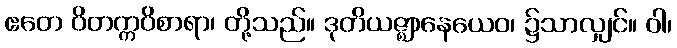
ဧတေ ဝိတက္ကဝိစာရာ၊ တို့သည်။ ဒုတိယဇ္ဈာနေယေဝ၊ ၌သာလျှင်။ ဝါ၊